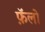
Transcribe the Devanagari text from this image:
फ़ॅलो